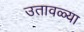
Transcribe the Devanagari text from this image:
उतावळ्या